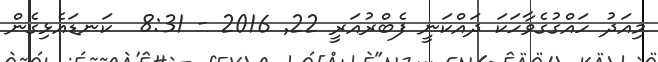
މިއަދު ހައްގުގެވާހަކަ ދައްކަނީ ފެބްރުއަރީ 22